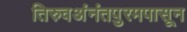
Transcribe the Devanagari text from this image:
तिरुवअंनंतपुरमपासून